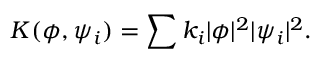
K ( \phi , \psi _ { i } ) = \sum k _ { i } | \phi | ^ { 2 } | \psi _ { i } | ^ { 2 } .